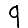
Digit: 9